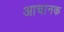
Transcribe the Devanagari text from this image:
आचानक